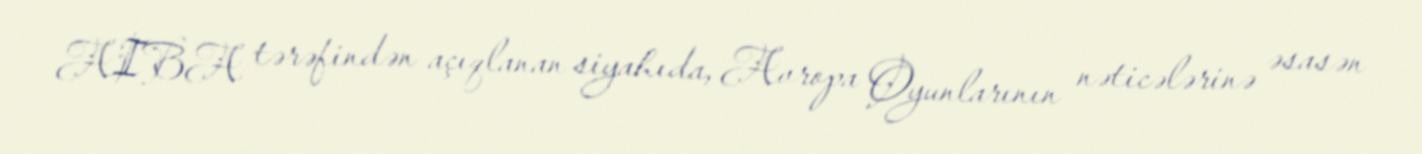
AIBA tərəfindən açıqlanan siyahıda, Avropa Oyunlarının nəticələrinə əsasən